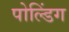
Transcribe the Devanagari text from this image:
पोल्डिंग